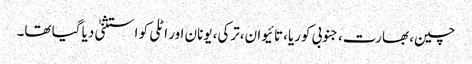
چین، بھارت،جنوبی کوریا،تائیوان،ترکی، یونان اور اٹلی کو استثنیٰ دیا گیا تھا۔